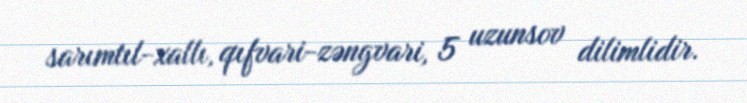
sarımtıl-xallı, qıfvari-zəngvari, 5 uzunsov dilimlidir.